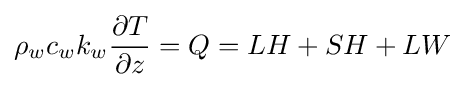
\rho _{w}c_{w}k_{w}{\frac {\partial T}{\partial z}}=Q=LH+SH+LW